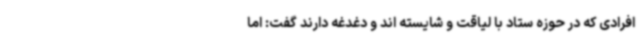
افرادی که در حوزه ستاد با لیاقت و شایسته اند و دغدغه دارند گفت: اما